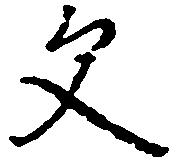
父